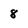
Character: 8